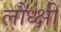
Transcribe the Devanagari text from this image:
लौध्क्षी